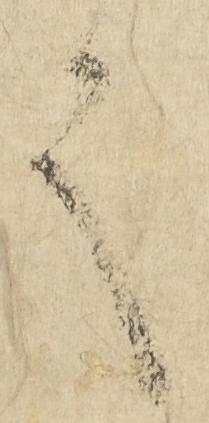
言